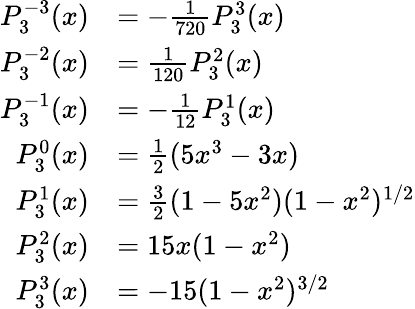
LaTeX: {\begin{array}{rl}{P_{3}^{-3}(x)}&{=-{\frac{1}{720}}P_{3}^{3}(x)}\\ {P_{3}^{-2}(x)}&{={\frac{1}{120}}P_{3}^{2}(x)}\\ {P_{3}^{-1}(x)}&{=-{\frac{1}{12}}P_{3}^{1}(x)}\\ {P_{3}^{0}(x)}&{={\frac{1}{2}}(5x^{3}-3x)}\\ {P_{3}^{1}(x)}&{={\frac{3}{2}}(1-5x^{2})(1-x^{2})^{1/2}}\\ {P_{3}^{2}(x)}&{=15x(1-x^{2})}\\ {P_{3}^{3}(x)}&{=-15(1-x^{2})^{3/2}}\end{array}}